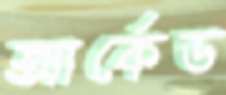
আর্কেড